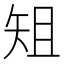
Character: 𮀀